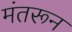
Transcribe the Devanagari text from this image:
मंतरून